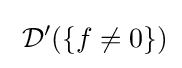
\;{\mathcal {D}}'(\{f\neq 0\})